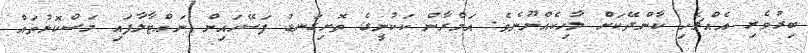
ބިރުވެރި އެއްޗެހި ކާންދޭކަށް ލާހިކެއްނޫނެވެ. އަމްރާން ކަކުނީގެ ތޮށިގަނޑު ފަސޭހައިން ނައްޓާލާފައި މަސްކޮޅުތައް